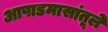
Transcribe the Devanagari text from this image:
आषाडमासांतूले